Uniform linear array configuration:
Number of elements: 16
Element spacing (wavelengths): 1
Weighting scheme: hamming
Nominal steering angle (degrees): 15
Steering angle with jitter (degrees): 14.382
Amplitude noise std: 0.05
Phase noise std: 0.05

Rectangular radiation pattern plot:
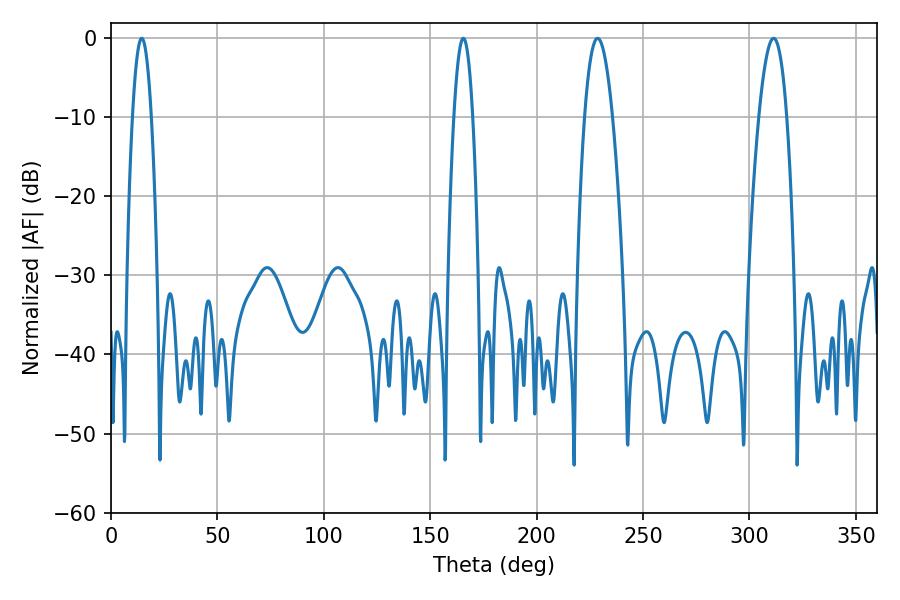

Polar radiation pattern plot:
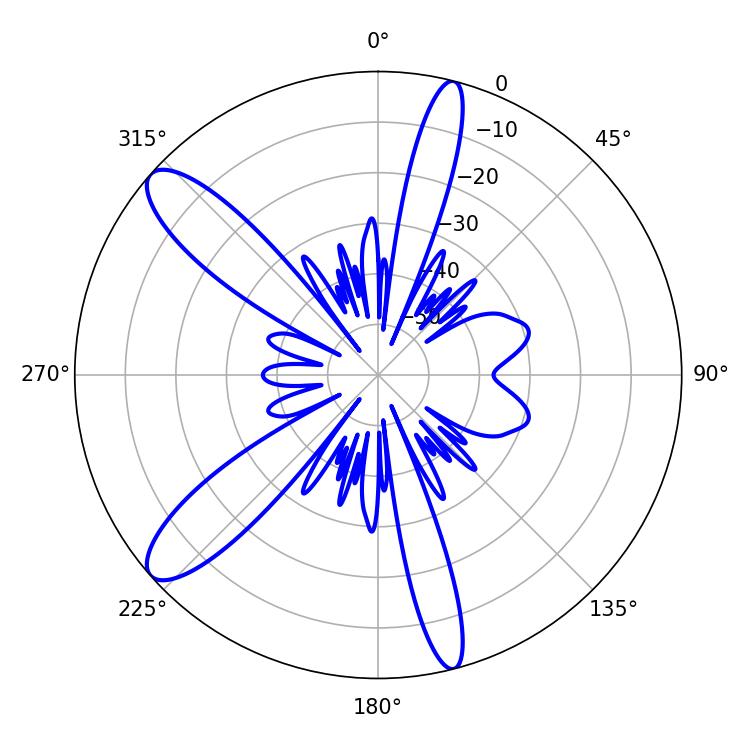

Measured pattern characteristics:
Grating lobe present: TRUE
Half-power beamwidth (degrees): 7.2
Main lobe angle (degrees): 228.6